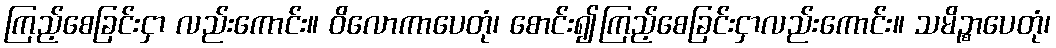
ကြည့်စေခြင်းငှာ လည်းကောင်း။ ဝိလောကာပေတုံ၊ စောင်း၍ကြည့်စေခြင်းငှာလည်းကောင်း။ သမိဉ္စာပေတုံ၊